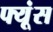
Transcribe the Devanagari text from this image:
फ्यूंस